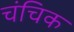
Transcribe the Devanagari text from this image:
चंचिक